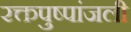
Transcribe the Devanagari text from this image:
रक्तपुष्पांजली